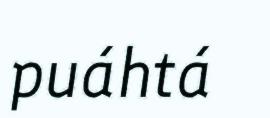
puáhtá